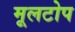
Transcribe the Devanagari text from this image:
मूलटोप